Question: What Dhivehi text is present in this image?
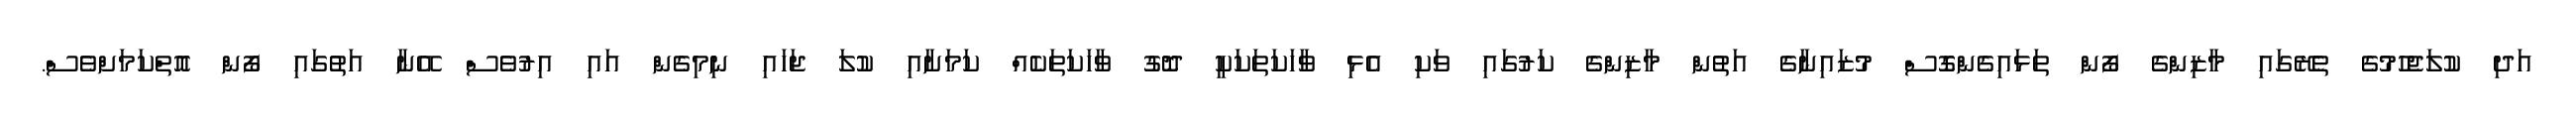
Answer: އަދި ކުލަޖެހުމުގެ ތެރޭގައި މާޒިންގެ ފޯން ތަޅައިގެންގޮސް މުޒައިނާގެ އަތުން މާޒިންގެ ކަރުގައި ވަކި އެޅި ވާހަކަތަކަކީ ދޮގު ވާހަކަތަކެއް ކަމަށާއި ކުލަ ޖަހައި ނިމިގެން އައި އިރުވެސް އޭނާ އަތުގައި ފޯން އޮތްކަމަށްވެސް.